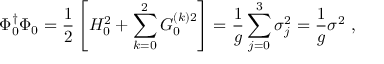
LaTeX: \Phi _ { 0 } ^ { \dagger } \Phi _ { 0 } = \frac { 1 } { 2 } \left[ { \cal { H } } _ { 0 } ^ { 2 } + \sum _ { k = 0 } ^ { 2 } { \cal { G } } _ { 0 } ^ { ( k ) 2 } \right] = \frac { 1 } { g } \sum _ { j = 0 } ^ { 3 } { \sigma } _ { j } ^ { 2 } = \frac { 1 } { g } { \sigma } ^ { 2 } \ ,